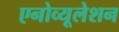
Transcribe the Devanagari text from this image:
एनोव्यूलेशन